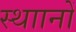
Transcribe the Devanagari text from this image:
स्थाानों